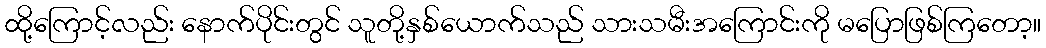
ထို့ကြောင့်လည်း နောက်ပိုင်းတွင် သူတို့နှစ်ယောက်သည် သားသမီးအကြောင်းကို မပြောဖြစ်ကြတော့။